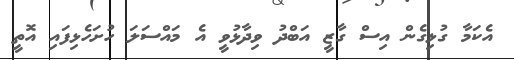
އެކަމާ ގުޅިގެން އިސް ގާޒީ އަބްދު ވިދާޅުވީ އެ މައްސަލަ ހުށަހެޅިފައި އޮތީ